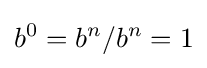
b^{0}=b^{n}/b^{n}=1